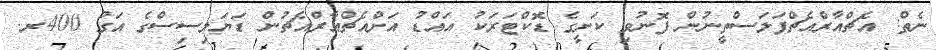
ނެތް: އެޗްއާރްއެޗްފަލަސްތީނުން ފޮނުވި ކަށީގެ ޑޮކްޓަރަކު އައްޑު އަށްއެޗްއާރްއެޗުން ޑަޔަލިސިސްގެ އަގު 400ރ.